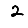
Digit: 2